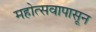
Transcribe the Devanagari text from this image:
महोत्सवापासून